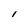
Character: l